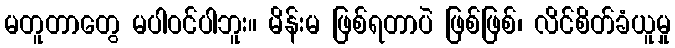
မတူတာတွေ မပါဝင်ပါဘူး။ မိန်းမ ဖြစ်ရတာပဲ ဖြစ်ဖြစ်၊ လိင်စိတ်ခံယူမှု